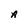
Character: A